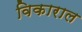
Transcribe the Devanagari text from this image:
विकाराल